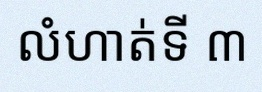
លំហាត់ទី ៣